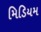
મિડિયમ